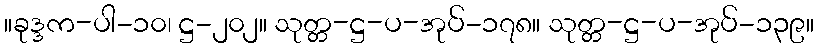
။ခုဒ္ဒက-ပါ-၁၀၊ ဋ္ဌ-၂၀၂။ သုတ္တ-ဋ္ဌ-ပ-အုပ်-၁၇၈။ သုတ္တ-ဋ္ဌ-ပ-အုပ်-၁၃၉။